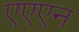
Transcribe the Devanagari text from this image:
एएएन